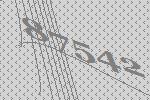
87542